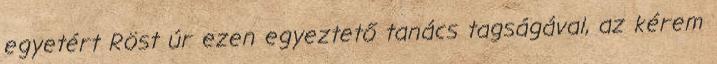
egyetért Röst úr ezen egyeztető tanács tagságával, az kérem